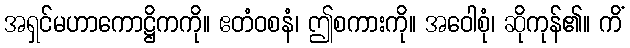
အရှင်မဟာကောဋ္ဌိကကို။ ဧတံဝစနံ၊ ဤစကားကို။ အဝေါစုံ၊ ဆိုကုန်၏။ ကိံ